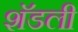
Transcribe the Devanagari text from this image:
शॅडली